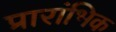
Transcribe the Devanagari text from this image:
प्रारांभिक